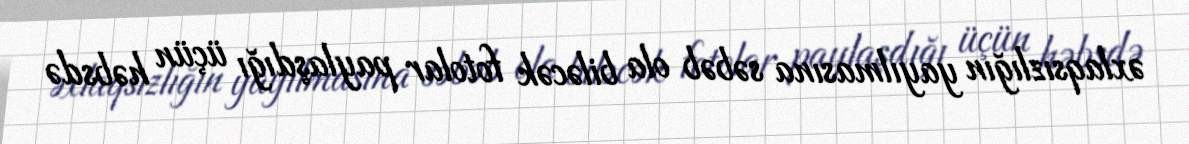
əxlaqsızlığın yayılmasına səbəb ola biləcək fotolar paylaşdığı üçün həbsdə